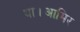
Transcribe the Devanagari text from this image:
था।आमिर